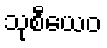
သုစီယေဝ